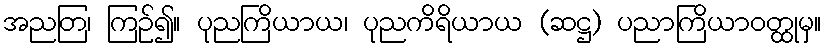
အညတြ၊ ကြဉ်၍။ ပုညကြိယာယ၊ ပုညကိရိယာယ (ဆဋ္ဌ) ပညာကြိယာဝတ္ထုမှ။